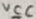
Text: VCC